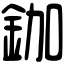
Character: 鉫